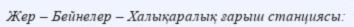
Жер – Бейнелер – Халықаралық ғарыш станциясы: